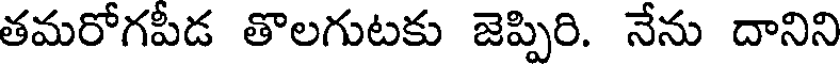
తమరోగపీడ తొలగుటకు జెప్పిరి. నేను దానిని